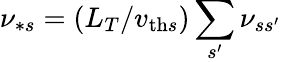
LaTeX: \nu_{*s}=(L_{T}/v_{\mathrm{th}s})\sum_{s^{\prime}}\nu_{ss^{\prime}}